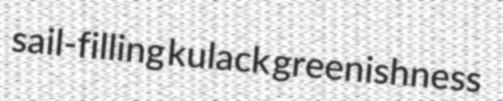
sail-filling kulack greenishness